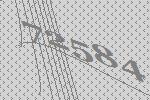
72584